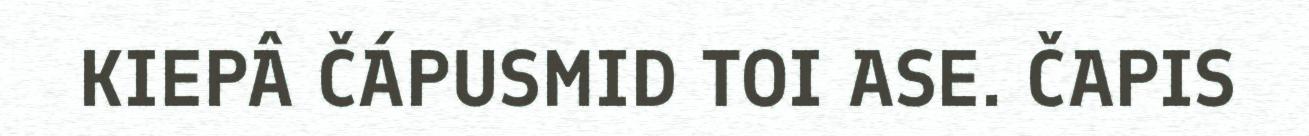
KIEPÂ ČÁPUSMID TOI ASE. ČAPIS